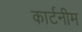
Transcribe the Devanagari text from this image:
कार्टनीम